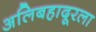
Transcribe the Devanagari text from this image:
अलिबहादूरला